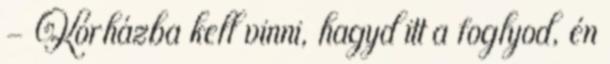
- Kórházba kell vinni, hagyd itt a foglyod, én